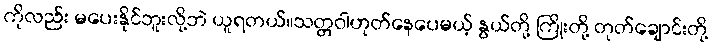
ကိုလည်း မပေးနိုင်ဘူးလို့ဘဲ ယူရတယ်။သတ္တဝါဟုတ်နေပေမယ့် နွယ်တို့ ကြိုးတို့ တုတ်ချောင်းတို့